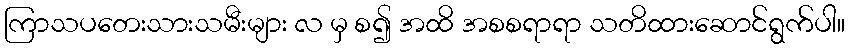
ကြာသပတေးသားသမီးများ လ မှ စ၍ အထိ အစစရာရာ သတိထားဆောင်ရွက်ပါ။